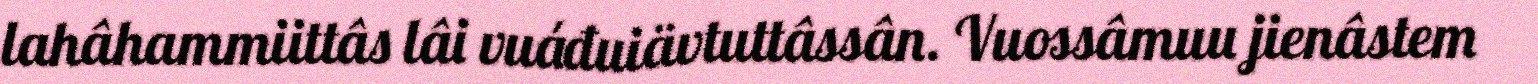
lahâhammiittâs lâi vuáđuiävtuttâssân. Vuossâmuu jienâstem